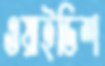
ওয়াইডিশ